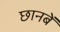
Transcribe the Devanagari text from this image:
छानबें